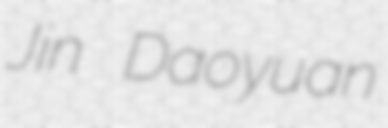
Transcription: Jin Daoyuan